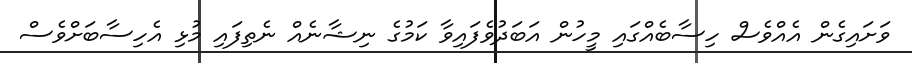
ވަށައިގެން އެއްވެސް ހިސާބެއްގައި މީހުން އަބަދުވެފައިވާ ކަމުގެ ނިޝާނެއް ނެތިފައި މުޅި އެހިސާބަށްވެސް